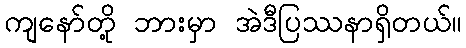
ကျနော်တို့ ဘားမှာ အဲဒီပြဿနာရှိတယ်။